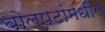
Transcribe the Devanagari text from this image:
बोलपटांमधील